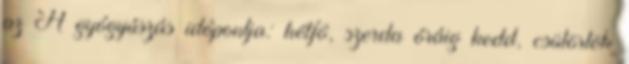
az A gyógyúszás idôpontja: hétfô, szerda óráig kedd, csütörtök